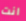
انت